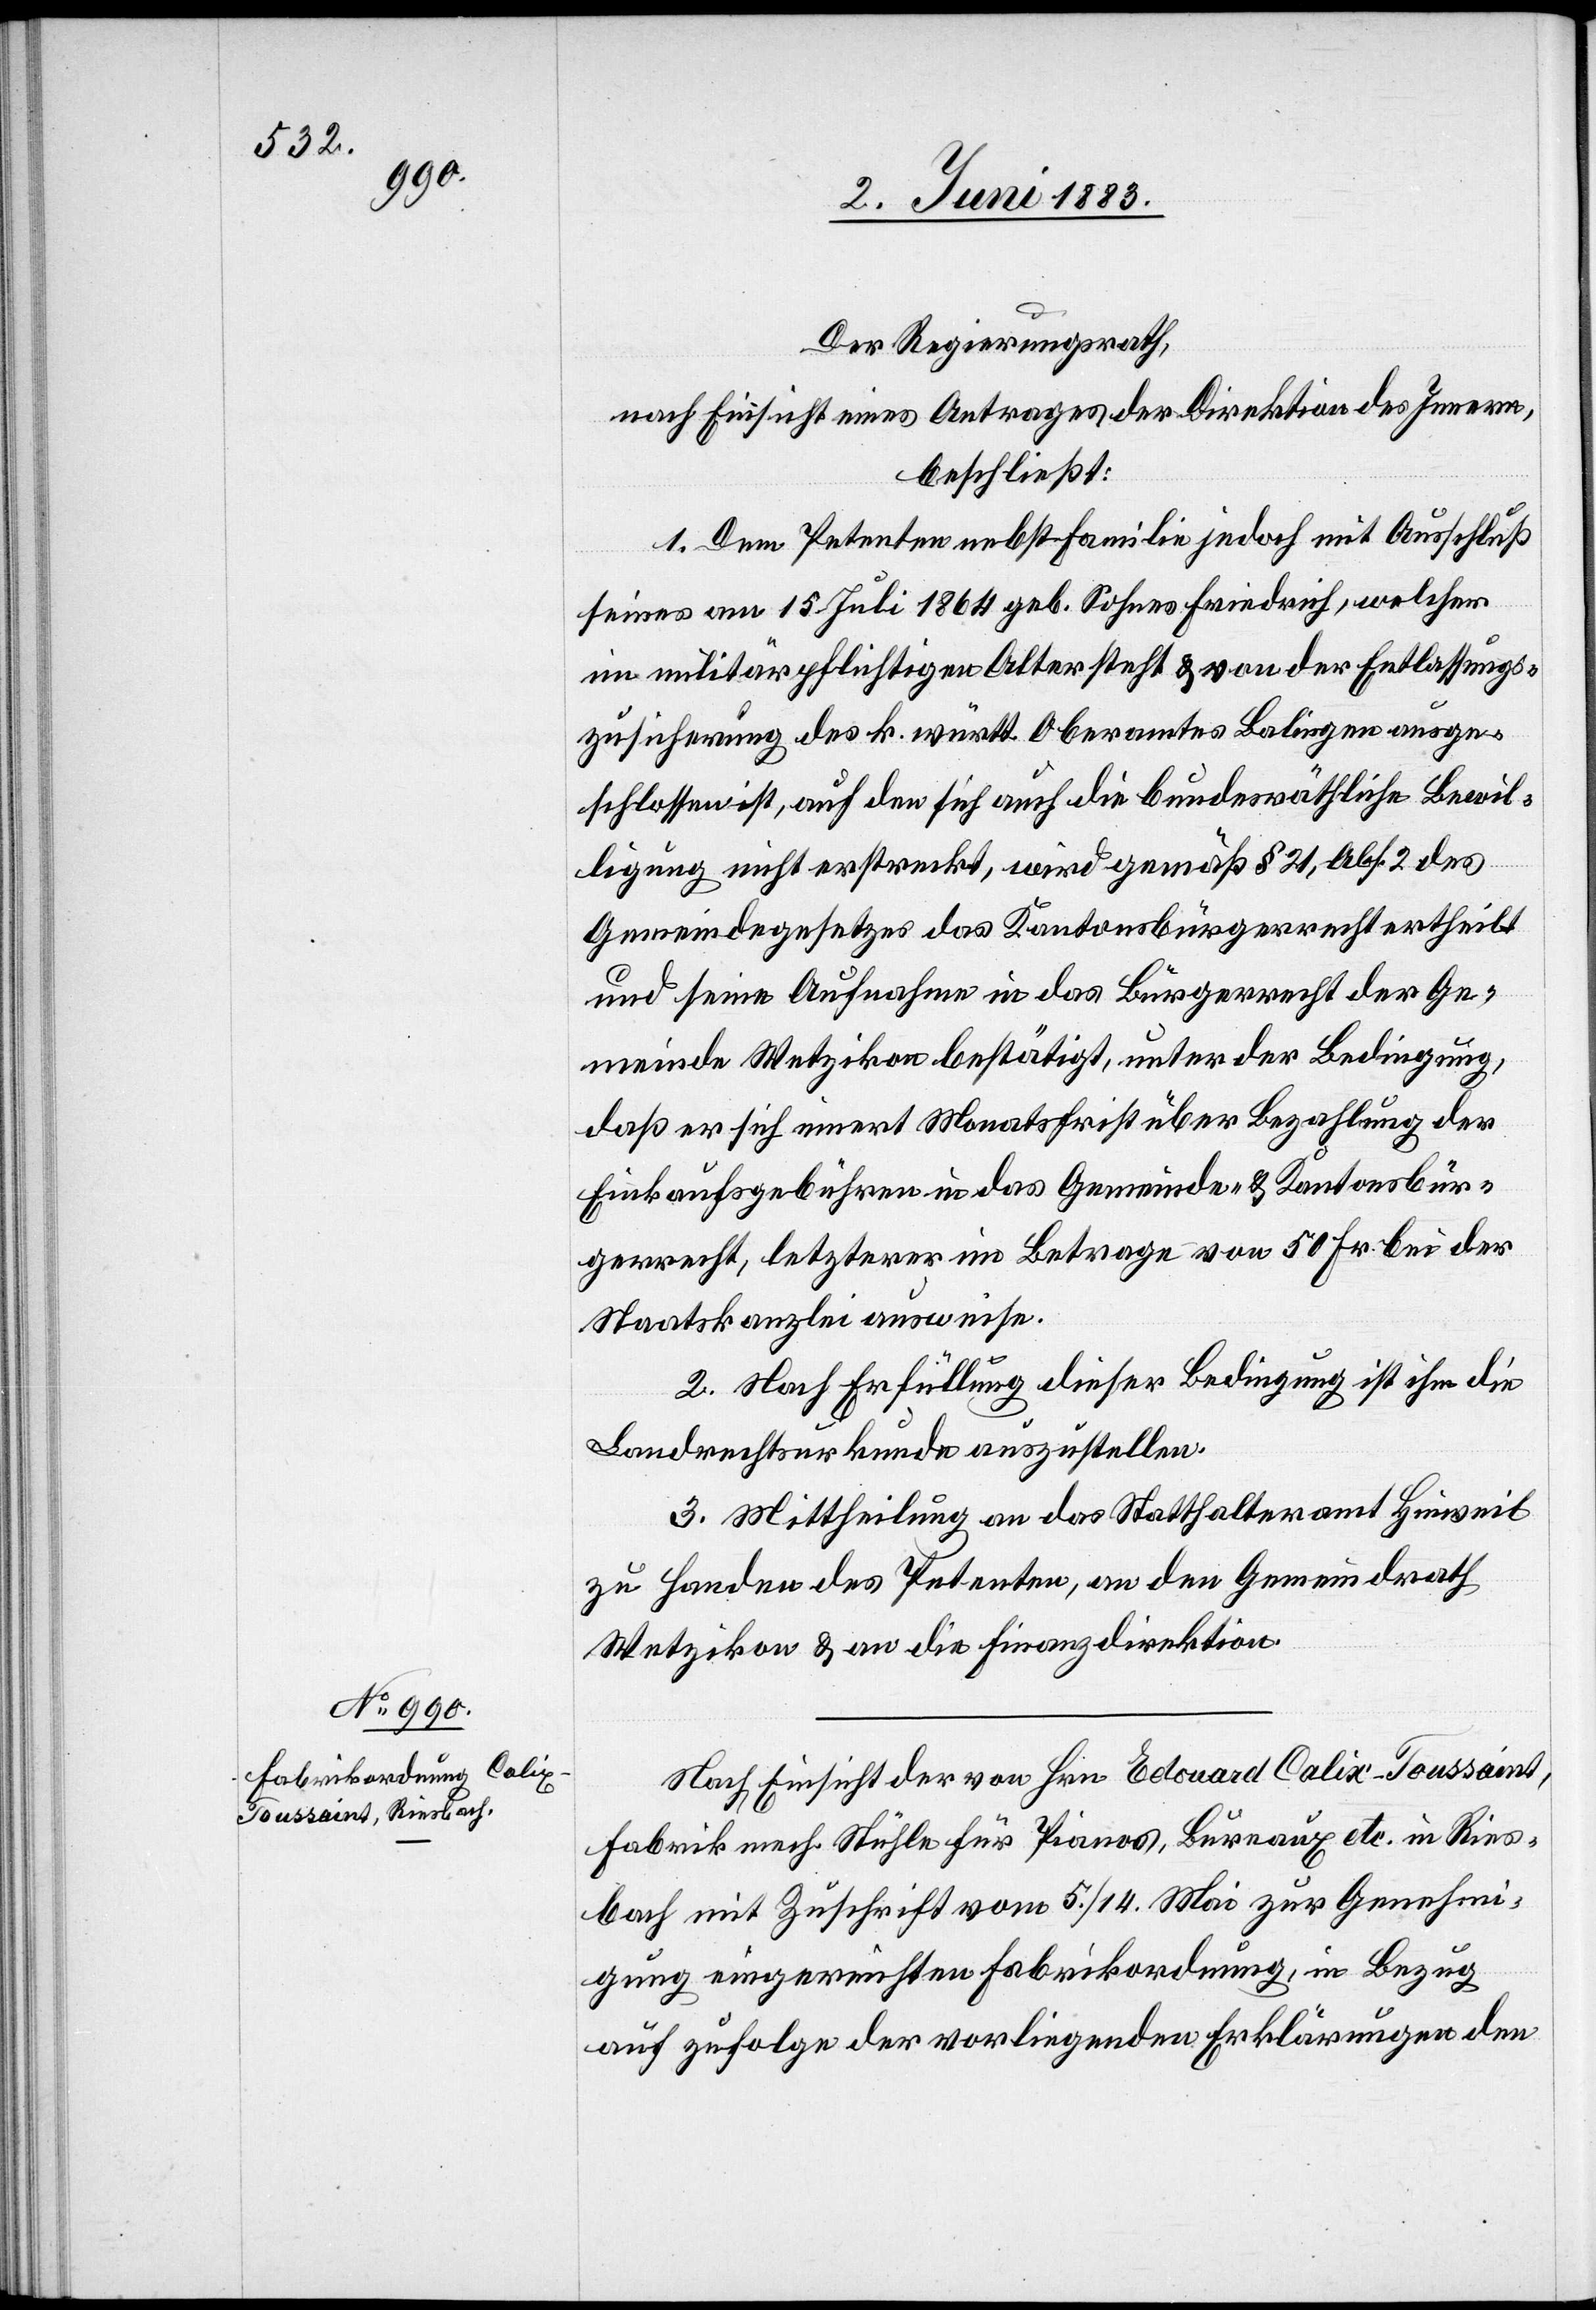
Der Regierungsrath,
nach Einsicht eines Antrages der Direktion des Innern,
beschließt:
1. Dem Petenten nebst Familie jedoch mit Ausschluß
seines am 15. Juli 1864 geb. Sohnes Friedrich, welcher
im militärpflichtigen Alter steht & von der Entlassungs¬
zusicherung des k. württ. Oberamtes Balingen ausge¬
schlossen ist, auf den sich auch die bundesräthliche Bewil¬
ligung nicht erstreckt, wird gemäß § 21, Abs. 2 des
Gemeindegesetzes das Kantonsbürgerrecht ertheilt
und seine Aufnahme in das Bürgerrecht der Ge¬
meinde Wetzikon bestätigt, unter der Bedingung,
daß er sich innert Monatsfrist über Bezahlung der
Einkaufsgebühren in das Gemeinde- & Kantonsbür¬
gerrecht, letzterer im Betrage von 50 Fr. bei der
Staatskanzlei ausweise.
2. Nach Erfüllung dieser Bedingung ist ihm die
Landrechtsurkunde auszustellen.
3. Mittheilung an das Statthalteramt Hinweil
zu Handen des Petenten, an den Gemeindrath
Wetzikon & an die Finanzdirektion.
Nach Einsicht der von Hrn. Edouard Calix-Toussaint,
Fabrik mech. Stühle für Pianos, Bureaux etc. in Ries¬
bach mit Zuschrift vom 5./14. Mai zur Genehmi¬
gung eingereichten Fabrikordnung, in Bezug
auf zufolge der vorliegenden Erklärungen den